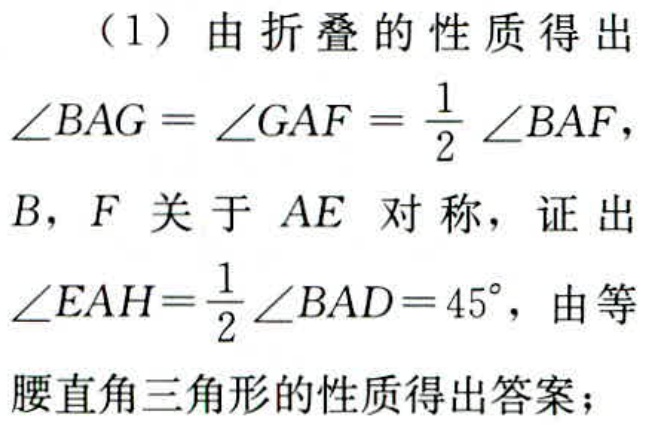
（1）由折叠的性质得出

\(\angle BAG = \angle GAF=\frac{1}{2}\angle BAF\)，

\(B\)，\(F\) 关于 \(AE\) 对称，证出

\(\angle EAH = \frac{1}{2}\angle BAD = 45^{\circ}\)，由等

腰直角三角形的性质得出答案；